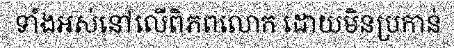
ទាំងអស់នៅលើពិភពលោក ដោយមិនប្រកាន់